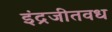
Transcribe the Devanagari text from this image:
इंद्रजीतवध